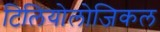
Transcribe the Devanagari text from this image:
टिलियोलोजिकल